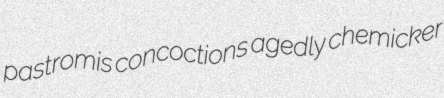
pastromis concoctions agedly chemicker